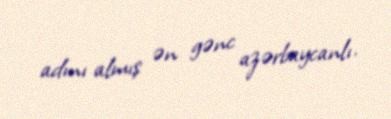
adını almış ən gənc azərbaycanlı.